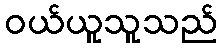
ဝယ်ယူသူသည်